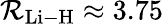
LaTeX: \mathcal{R}_{\mathrm{{Li-H}}}\approx3.75